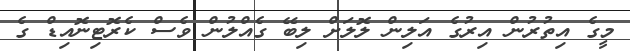
މީގެ އިތުރުން އިރުގެ އަލިން ލޮލަށް ލިބޭ ގެއްލުން ވެސް ކެރޮޓިނޮއިޑް ގެ